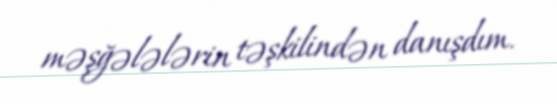
məşğələlərin təşkilindən danışdım.